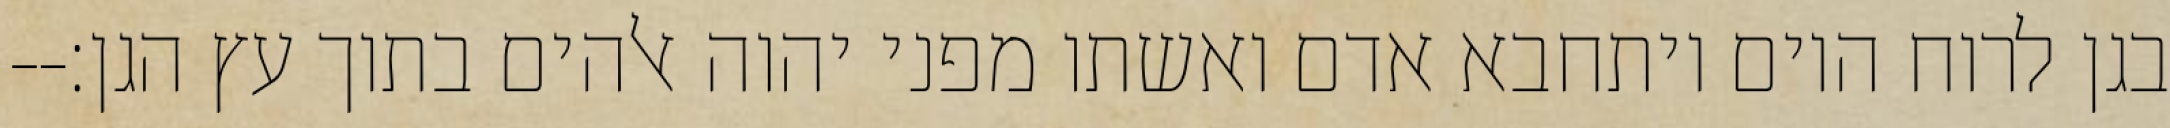
בגן לרוח היום ויתחבא אדם ואשתו מפני יהוה אלהים בתוך עץ הגן׃--